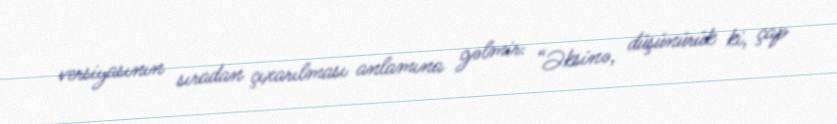
versiyasının sıradan çıxarılması anlamına gəlmir: “Əksinə, düşünürük ki, çap